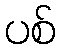
ပစ်